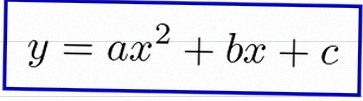
y=ax^2+bx+c